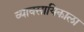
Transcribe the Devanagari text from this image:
व्यावसायिकाला